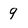
Character: q